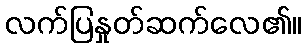
လက်ပြနှုတ်ဆက်လေ၏။